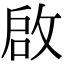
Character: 啟